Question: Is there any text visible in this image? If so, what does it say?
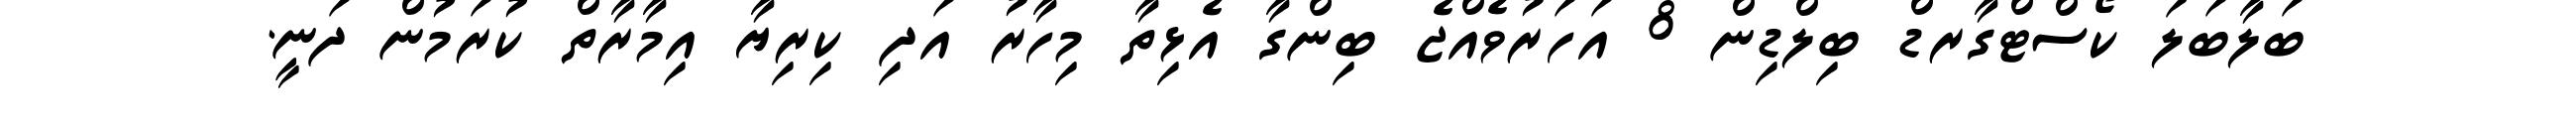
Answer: ބަލާބަލަ ކޯސްޓްގާރޑް ބިލްޑިން 8 އަހަރުވެއްޖެ ބިންގާ އެޅިތާ މިހާރު އަދި ކިރިޔާ އިމާރާތް ކުރަމުން ދަނީ.